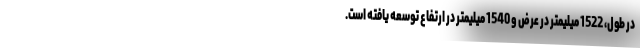
در طول، 1522 میلیمتر در عرض و 1540 میلیمتر در ارتفاع توسعه یافته است.